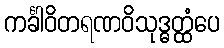
ကင်္ခါဝိတရဏဝိသုဒ္ဓတ္ထံပေ